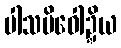
ပါသမိဝေါဍ္ဍိယ